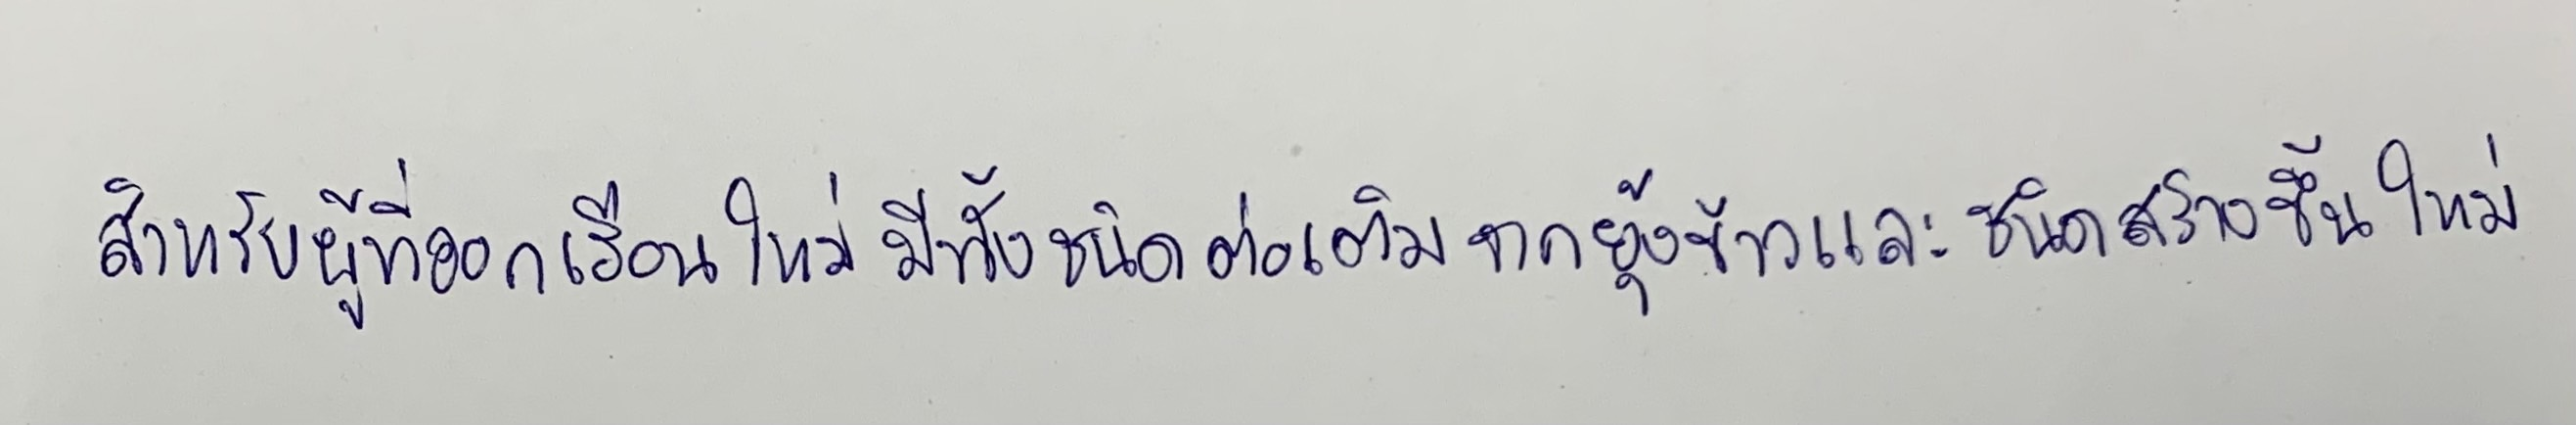
สำหรับผู้ที่ออกเรือนใหม่มีทั้งชนิดต่อเติมจากยุ้งข้าวและชนิดสร้างขึ้นใหม่